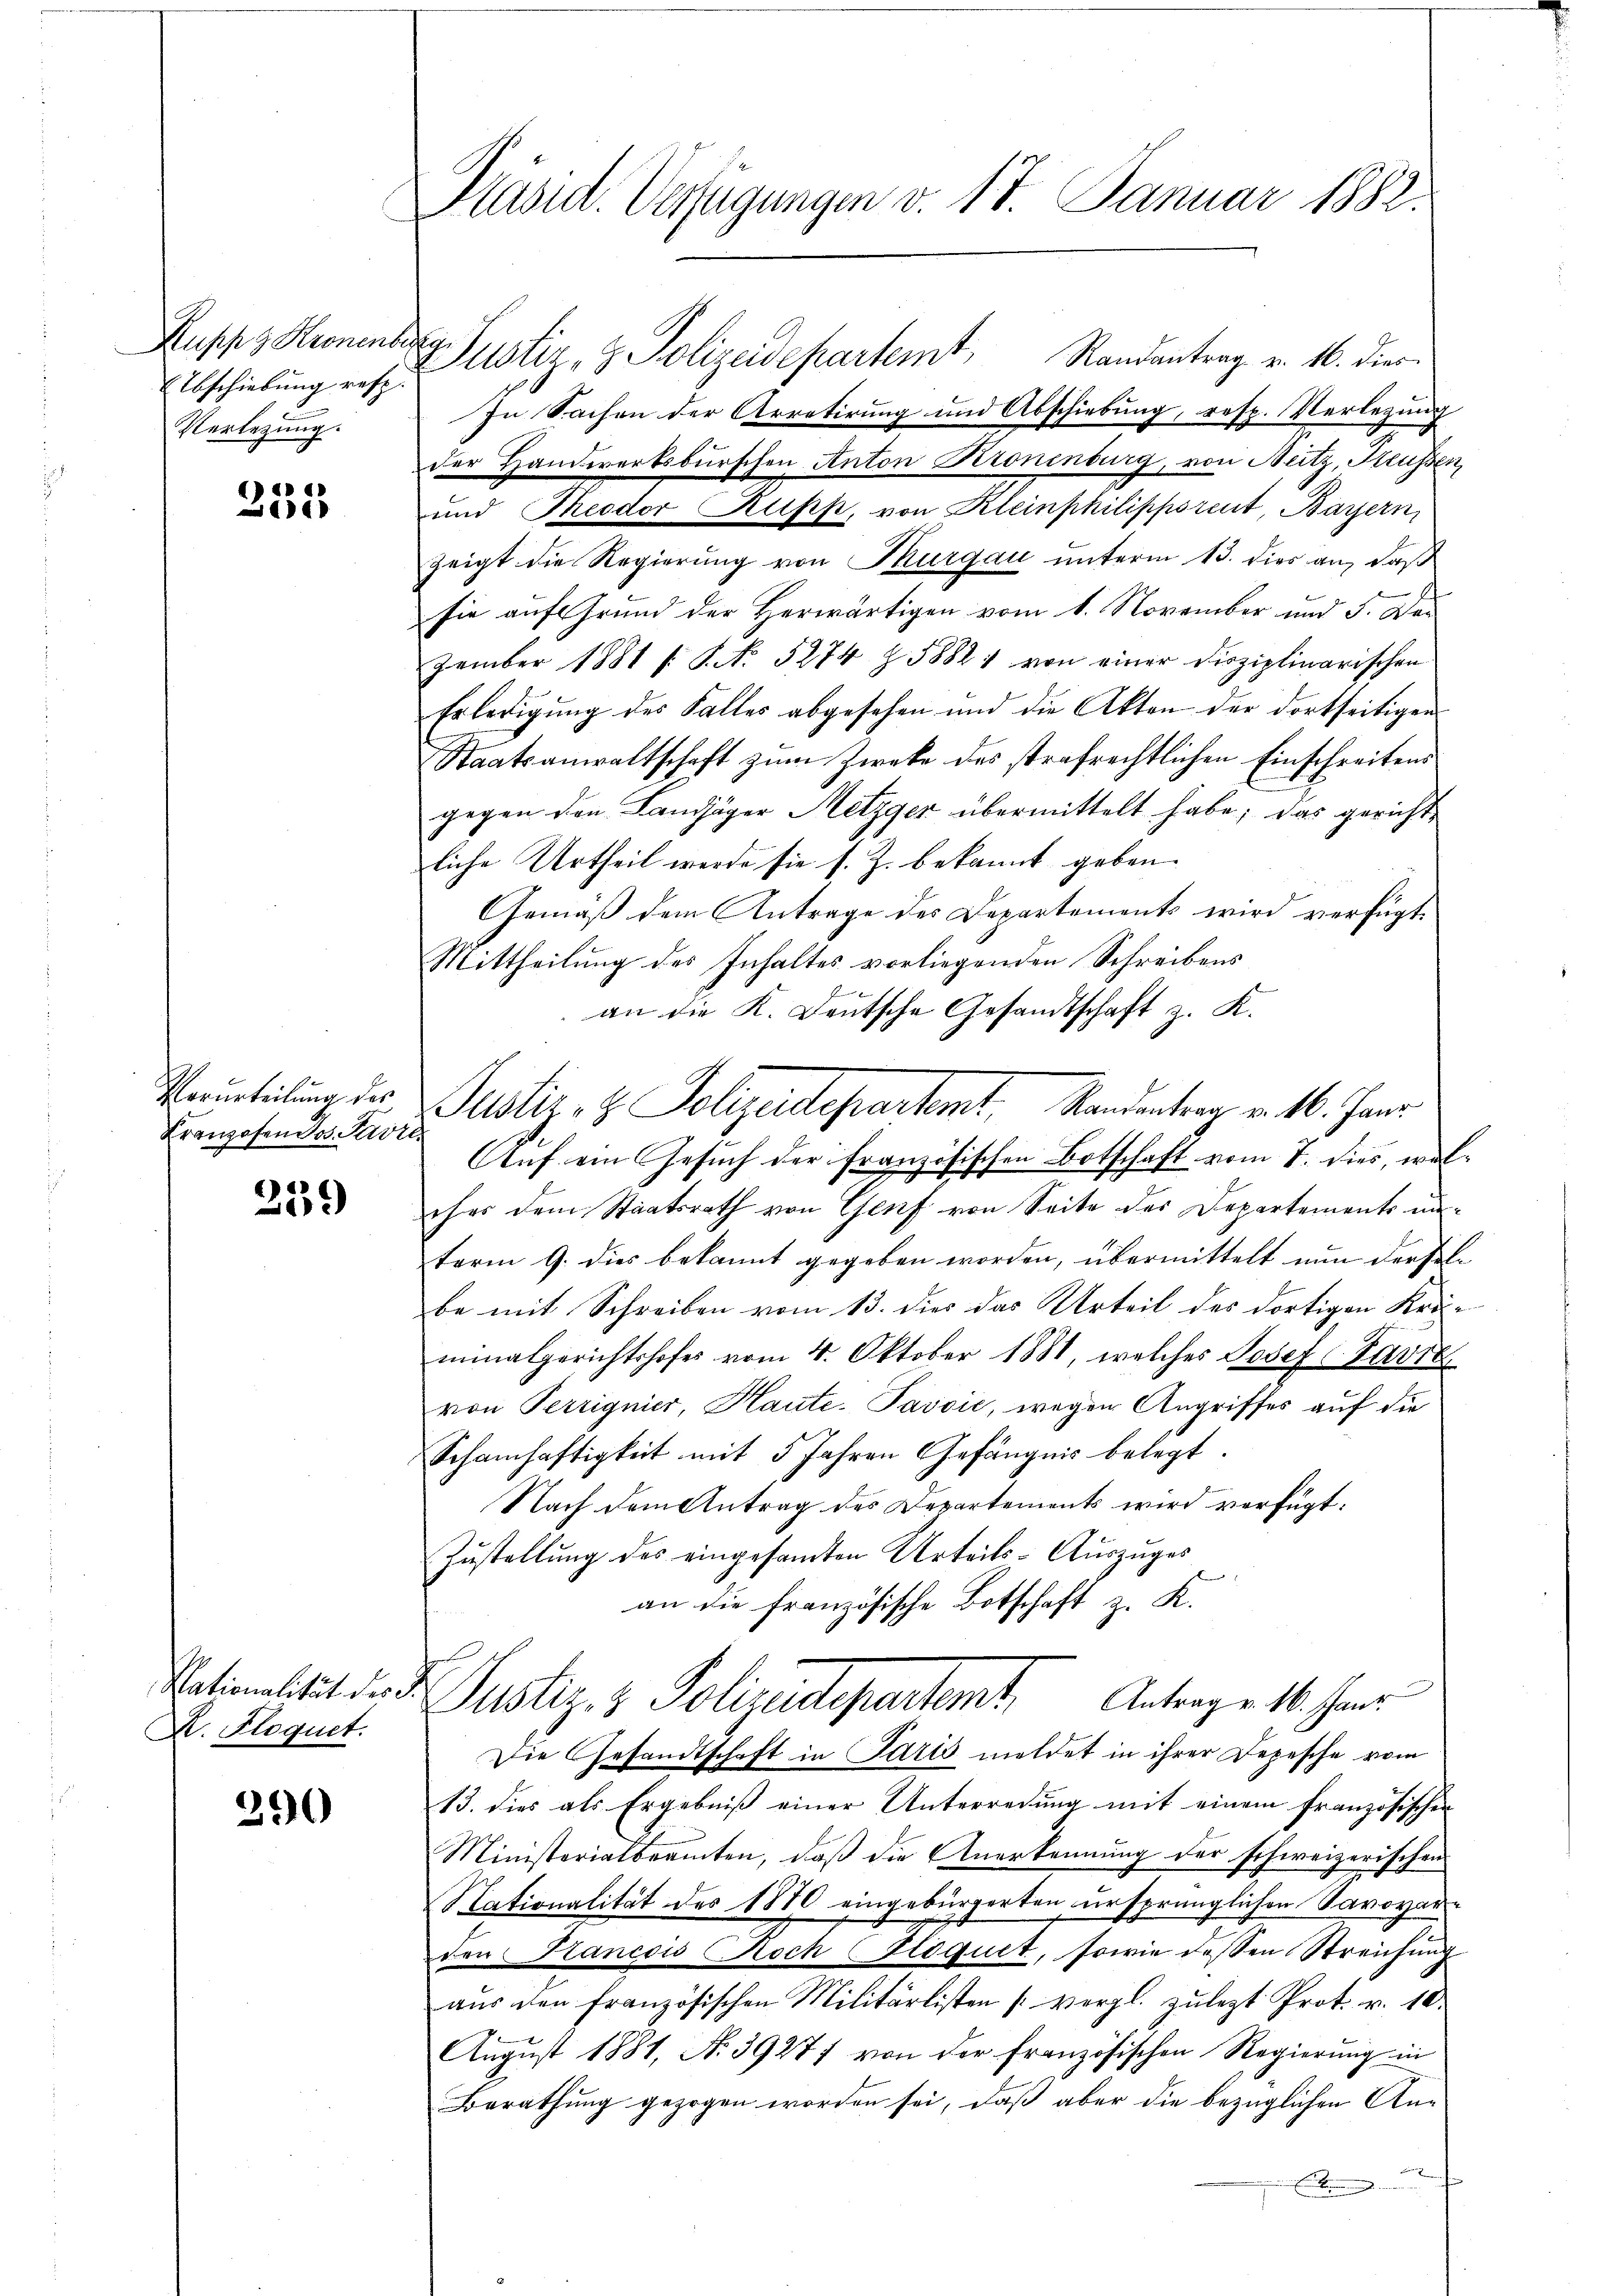
Ruppz Kronenber
Abschiebung resp.
Verlegung.

4
Boer

Verurteilung des
Franzosen dos. Pavil

239

X. Floquet.

290

Präsid. Verfügungen v. 17. Januar 1882.

g
der Handwerksburschen Anton Kronenburg, von Nutz, Heussen,
und Theodor Rupp, von Kleinphilippsreut, Bayern,
zeigt die Regierung von Thurgau unterm 13. dies an, daß
sie auf Grund der Herwärtigen vom 1. November und 5. Der
zember 1881 s. S. No. 5274 Z. 1882 von einer disziplinarischen
Erledigŭng des Falles abgesehen und die Akten der dortseitigen
Staatsanwaltschaft zum Zweke des strafrechtlichen Einschreitens
gegen den Landjäger Metzger übermittelt habe; das gericht
liche Urtheil werde sie s. Z. bekannt geben.
Gemäß dem Antrage des Departements wird verfügt:
Mittheilung des Inhaltes vorliegenden Schreibens
an die K. Deutsche Gesandtschaft z. K.
Justiz- & Polizeidepartemt, Randenterz v. 16. Janr.
Auf ein Gesuch der französischen Botschaft vom 7. dies, welches dem Staatsrath von Genf von Seite des Departements unterm 9. dies bekannt gegeben worden, übermittelt nun dersel
be mit Schreiben vom 13. dies das Urteil des dortigen Kräminalgerichtshofes vom 4. Oktober 1881, welches Josef Favre
von Perrignier, Haute-Javvić, wegen Angriffes auf die
Schamhaftigkeit mit 5 Jahren Gefängnis belegt.
Nach dem Antrag des Departements wird verfügt:
Zustellung des eingesandten Urteils-Auszuges
an die französische Botschaft z. K.

Justiz- & Polizeidepartemt, Randantrag v. 16. dies
In Sachen der Arretirung und Abschiebung, resp. Verlegung

Nationalität der Justiz- & Polizeidepartemt. Antrage 16. Jan

Die Gesandtschaft in Paris meldet in ihrer Depesche vom
13. dies als Ergebniß einer Unterredung mit einem französischen
Ministerialbeamten, daß die Anerkennung der schweizerischen
Nationalität des 1870 eingebürgerten ursprünglichen Savoyarden Hancois Noch Hoquet, sowie dessen Streichung
aus den französischen Militarlisten vergl. zulezt Prot. v. 10.
August 1881, No 39277 von der französischen Regierung in
Berathung gezogen worden sei, daß aber die bezüglichen An¬
Eb